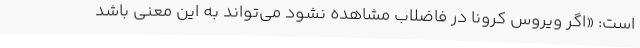
است: «اگر ویروس کرونا در فاضلاب مشاهده نشود می‌تواند به این معنی باشد